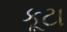
કૂટા